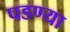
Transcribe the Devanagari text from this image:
पडण्या